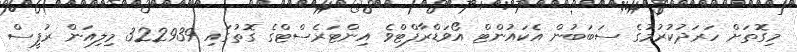
މިގޮތަށް ހަރަދުކުރުމުގެ ސަބަބުން އެކައުންޓް އޯވަޑްރާފްޓްވެ އިންޓަރެސްޓްގެ ގޮތުގައި 322939 މިލިއަން ރުފީސް